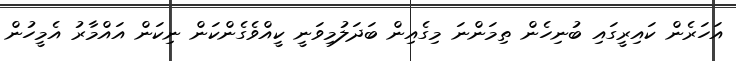
އަހަރެން ކައިރީގައި ބުނިހެން ތިމަންނަ މިގެއިން ބަދަލުމިވަނީ ކީއްވެގެންކަން ނިކަން އައްމާރު އެމީހުން